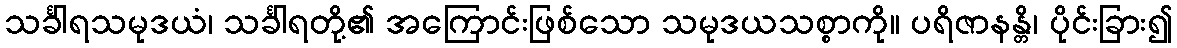
သင်္ခါရသမုဒယံ၊ သင်္ခါရတို့၏ အကြောင်းဖြစ်သော သမုဒယသစ္စာကို။ ပရိဇာနန္တိ၊ ပိုင်းခြား၍